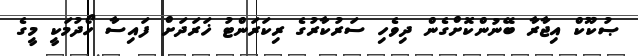
ޞުކޫކް އިޖާރާ ބޭނުންކޮށްގެން ދިވެހި ސަރުކާރުގެ ރިކަރަންޓު ޚަރަދަށް ފައިސާ ހޯދުމަކީ މީގެ